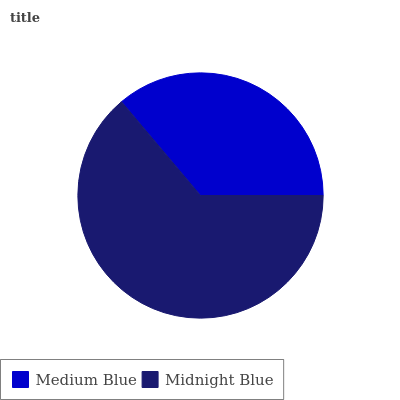
| Medium Blue | Midnight Blue |
 | --- | --- |
 | 36.1% | 63.9% |